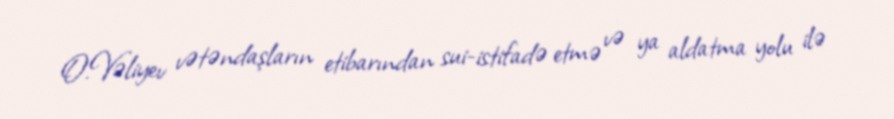
O.Vəliyev vətəndaşların etibarından sui-istifadə etmə və ya aldatma yolu ilə